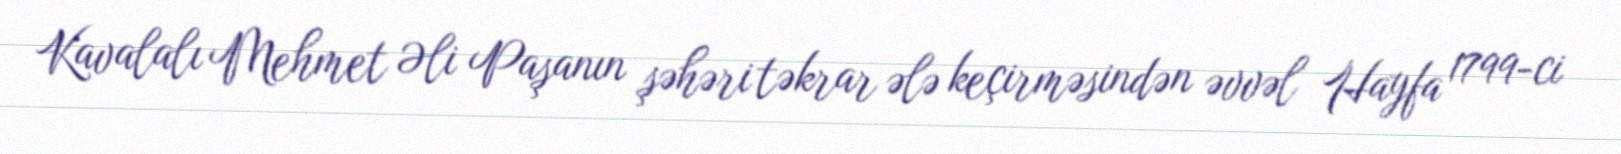
Kavalalı Mehmet Əli Paşanın şəhəri təkrar ələ keçirməsindən əvvəl Hayfa 1799-ci